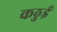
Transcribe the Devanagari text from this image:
कठुई